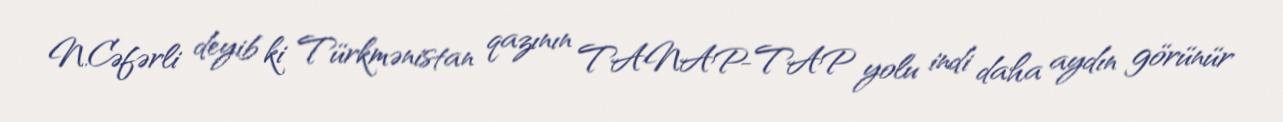
N.Cəfərli deyib ki Türkmənistan qazının TANAP-TAP yolu indi daha aydın görünür